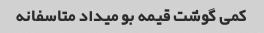
کمی گوشت قیمه بو میداد متاسفانه